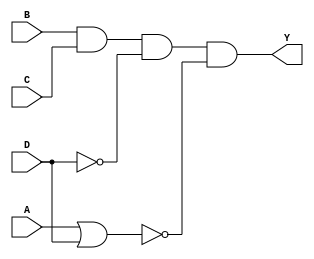

module comb_str(Y,A,B,C,D);
  output Y;
  input A,B,C,D;
  
  wire S1,S2,S3,S4,S5;
  
  or (S1,A,D);
  not (S2,S1),
      (S3,D);
  and (S4,B,C,S3),
      (S5,S4,S2);
  buf (Y,S5);

endmodule